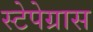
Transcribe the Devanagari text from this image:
स्टेपेग्रास